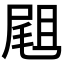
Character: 𡲤